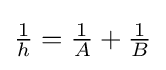
{\tfrac {1}{h}}={\tfrac {1}{A}}+{\tfrac {1}{B}}